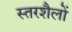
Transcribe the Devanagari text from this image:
स्तरशैलों